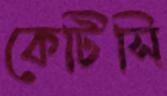
কেটিসি